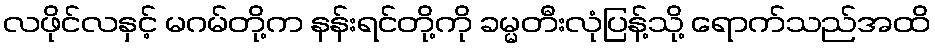
လဖိုင်လနှင့် မဂမ်တို့က နန်းရင်တို့ကို ခမ္မတီးလုံပြန့်သို့ ရောက်သည်အထိ